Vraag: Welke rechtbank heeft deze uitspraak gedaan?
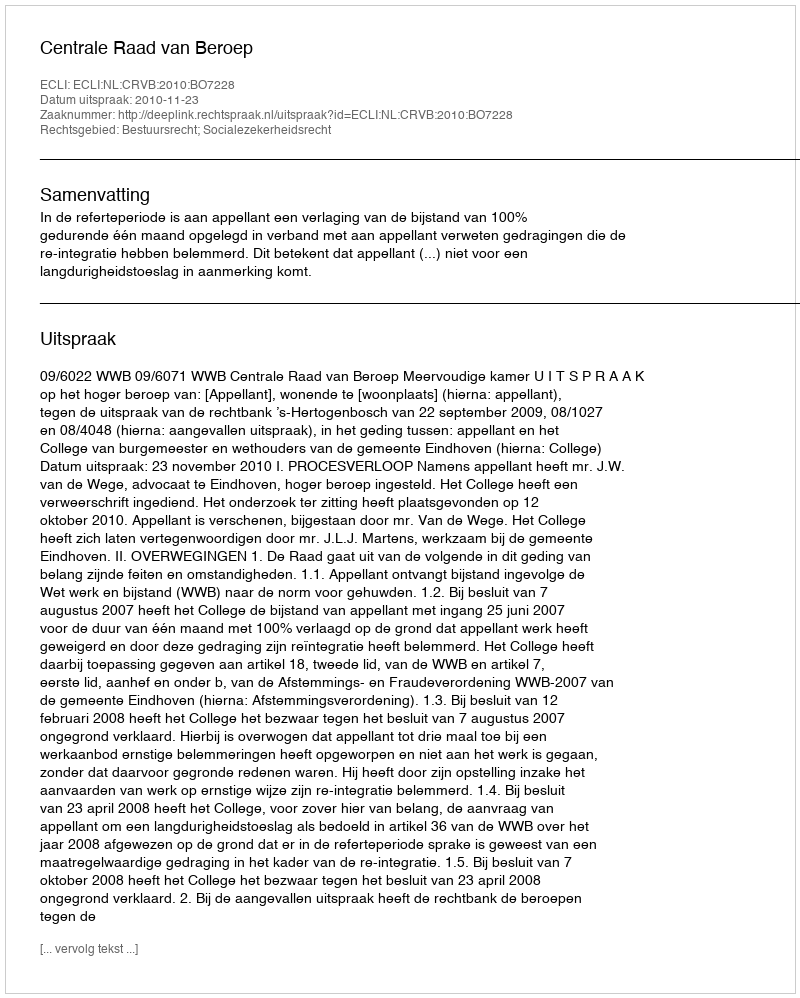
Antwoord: Centrale Raad van Beroep